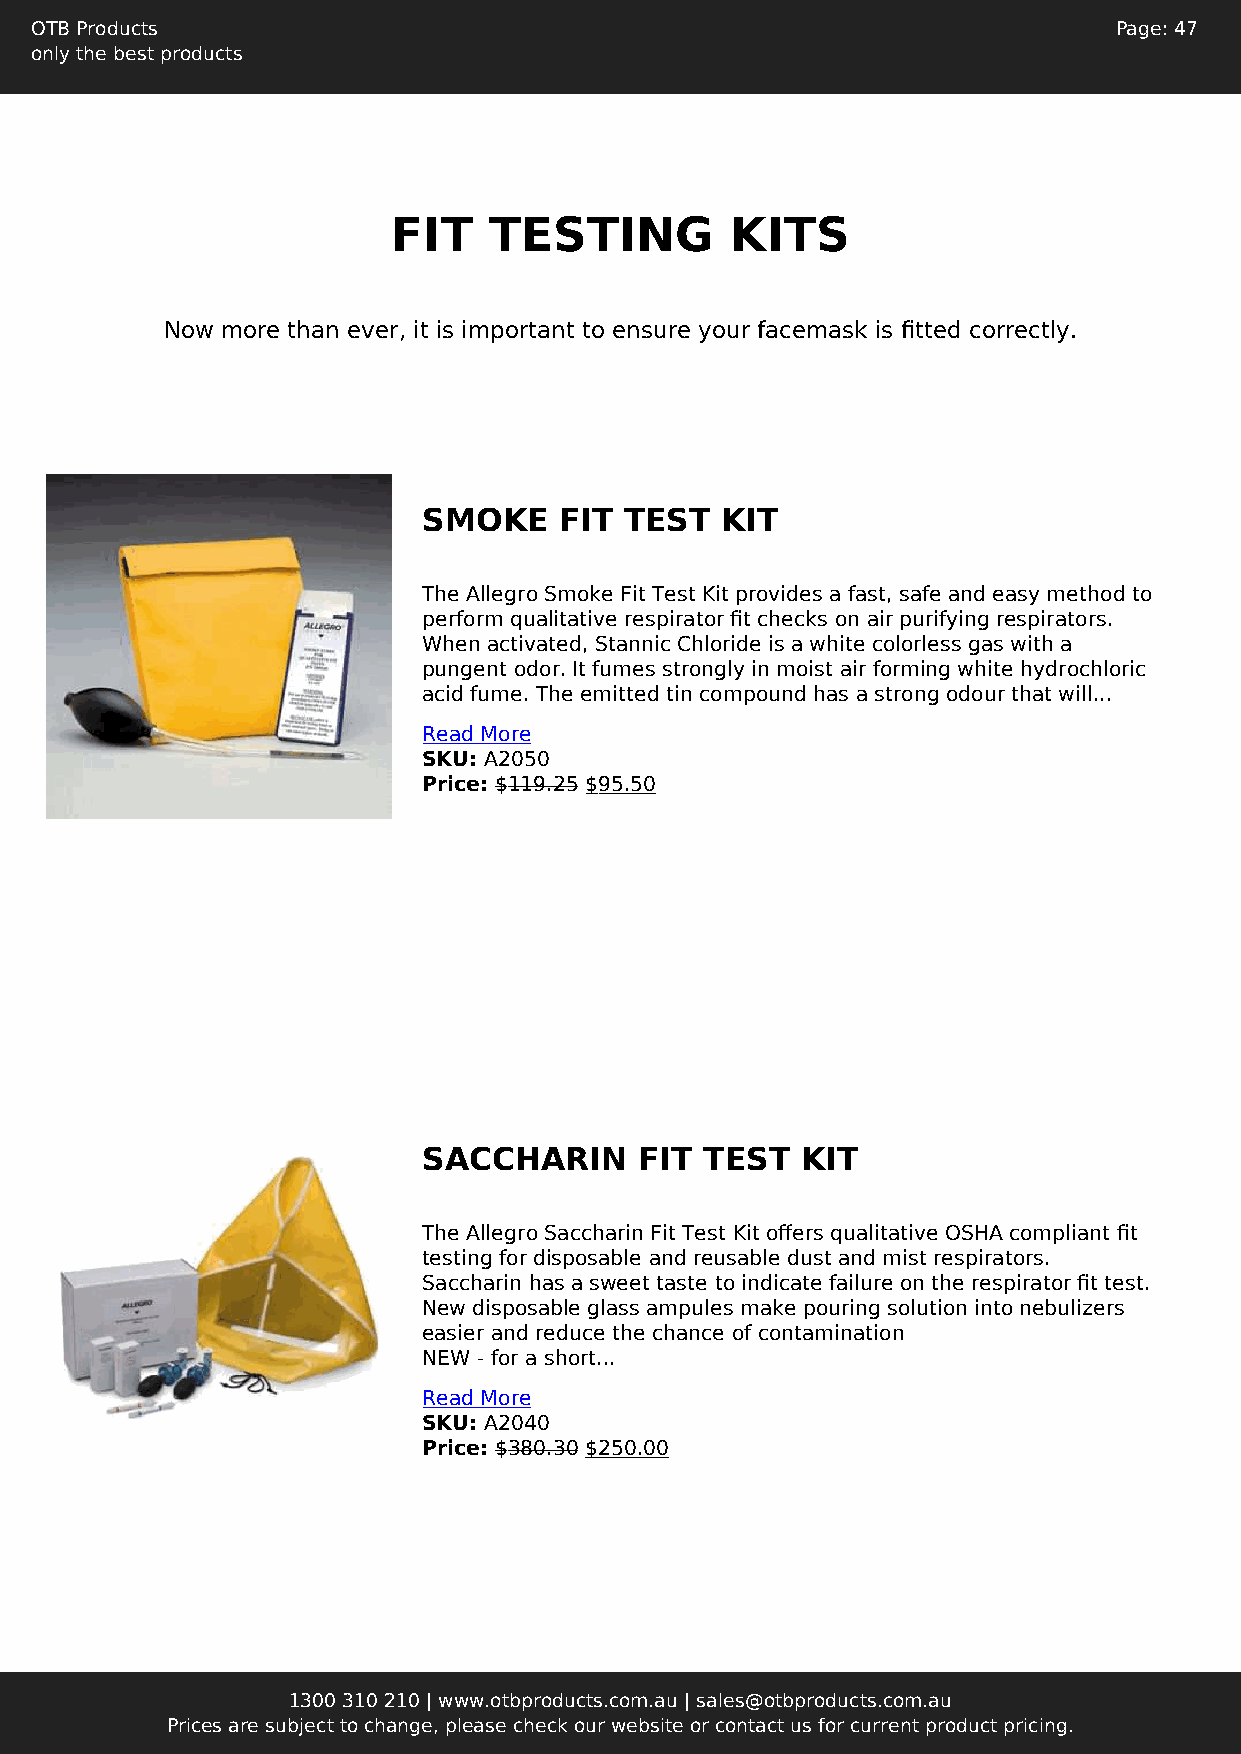
OTB Products                                                            Page: 47
 only the best products
 FIT   TESTING         KITS
 Now more than ever, it is important to ensure your facemask is fitted correctly.
 SMOKE    FIT TEST   KIT
 The Allegro Smoke Fit Test Kit provides a fast, safe and easy method to
 perform qualitative respirator fit checks on air purifying respirators.
 When activated, Stannic Chloride is a white colorless gas with a
 pungent odor. It fumes strongly in moist air forming white hydrochloric
 acid fume. The emitted tin compound has a strong odour that will...
 Read More
 SKU: A2050
 Price: $119.25 $95.50
 SACCHARIN     FIT  TEST  KIT
 The Allegro Saccharin Fit Test Kit offers qualitative OSHA compliant fit
 testing for disposable and reusable dust and mist respirators.
 Saccharin has a sweet taste to indicate failure on the respirator fit test.
 New disposable glass ampules make pouring solution into nebulizers
 easier and reduce the chance of contamination
 NEW - for a short...
 Read More
 SKU: A2040
 Price: $380.30 $250.00
 1300 310 210 | www.otbproducts.com.au | sales@otbproducts.com.au
 Prices are subject to change, please check our website or contact us for current product pricing.